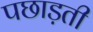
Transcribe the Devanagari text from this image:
पछाड़ती